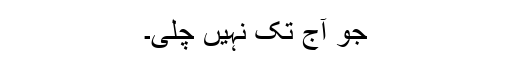
جو آج تک نہیں چلی۔